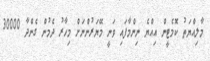
މާލިއްޔަތު ކޮމެޓީން އިއްޔެ ނިންމާފައި ވަނީ މޭޔަރުންނަށް މިހާރު ދެމުން ގެންދާ 30000